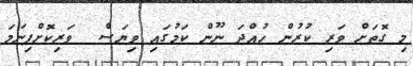
މި ގޮތަށް ވަރި ކުރުން ހުއްދަ ނޫން ކަމުގައި ވިޔަސް  ވަރިކޮށްފިނަމަ